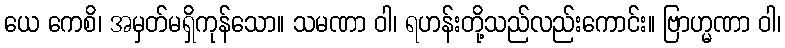
ယေ ကေစိ၊ အမှတ်မရှိကုန်သော။ သမဏာ ဝါ၊ ရဟန်းတို့သည်လည်းကောင်း။ ဗြာဟ္မဏာ ဝါ၊